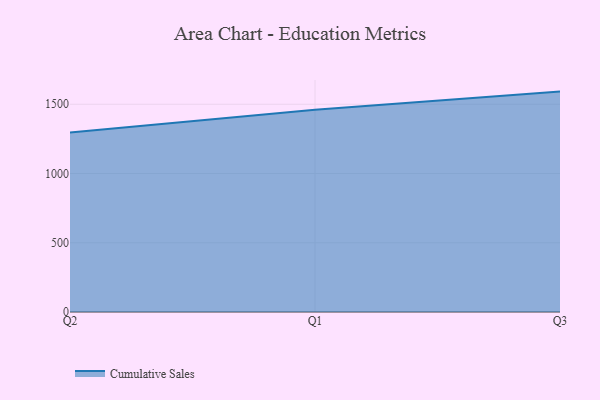
{"axis": {"x": "Quarter", "y": "Temperature (°C)"}, "legend": ["Cumulative Sales"], "data": [{"x": "Q2", "y": 1295.7, "type": "Cumulative Sales"}, {"x": "Q1", "y": 1460.9, "type": "Cumulative Sales"}, {"x": "Q3", "y": 1591.5, "type": "Cumulative Sales"}]}